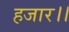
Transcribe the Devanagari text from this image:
हजार।।